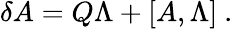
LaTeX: \delta A=Q\Lambda+[A,\Lambda]\ .